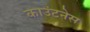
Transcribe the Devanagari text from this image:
काउंटनेस